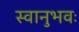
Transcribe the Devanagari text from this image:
स्वानुभवः